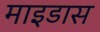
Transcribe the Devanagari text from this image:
माइडास